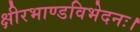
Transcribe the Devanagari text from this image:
क्षीरभाण्डविभेदनः।